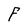
Character: F